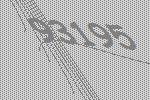
93195